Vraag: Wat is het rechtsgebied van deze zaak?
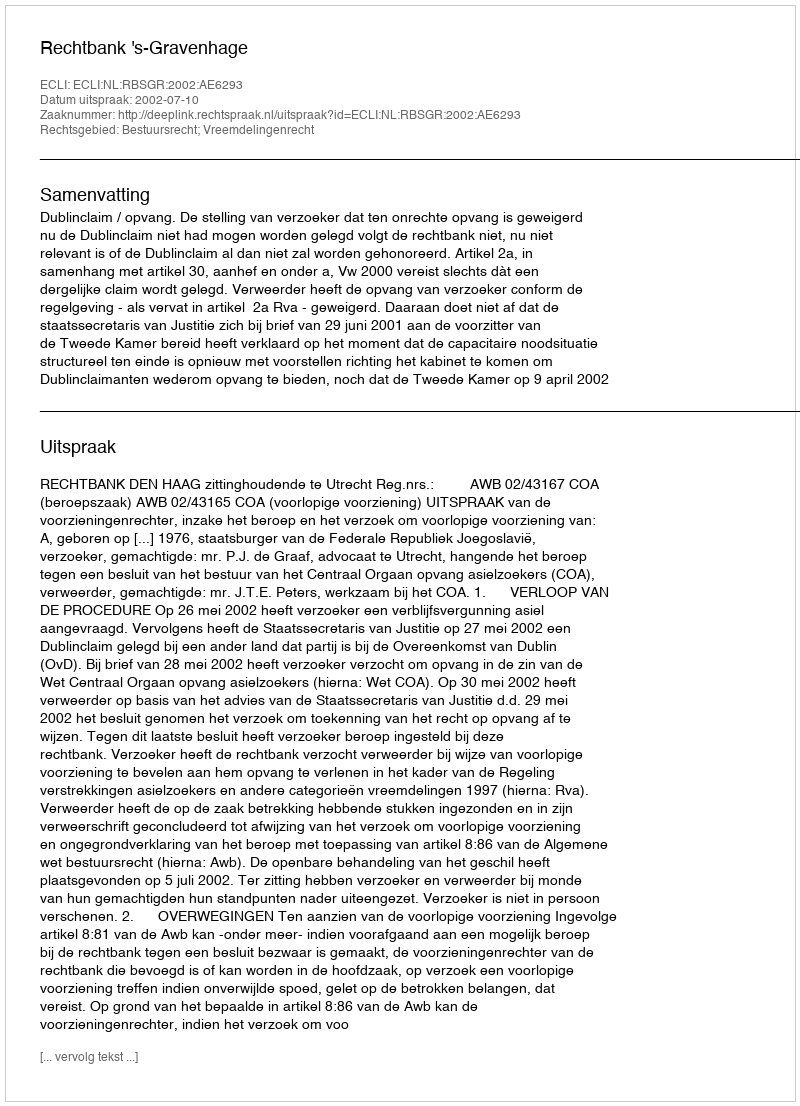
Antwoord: Bestuursrecht; Vreemdelingenrecht